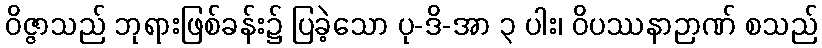
ဝိဇ္ဇာသည် ဘုရားဖြစ်ခန်း၌ ပြခဲ့သော ပု-ဒိ-အာ ၃ ပါး၊ ဝိပဿနာဉာဏ် စသည်